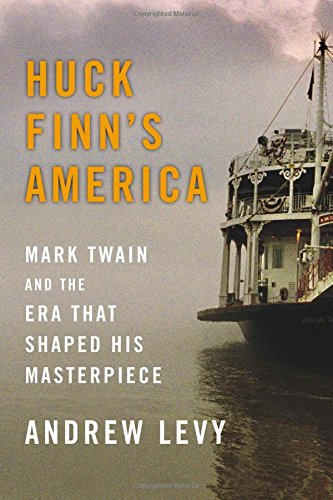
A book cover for Huck Finn's America: Mark Twain and the Era That Shaped His Masterpiece; Andrew Levy; Politics & Social Sciences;